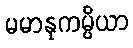
မမာနုကမ္ပိယာ